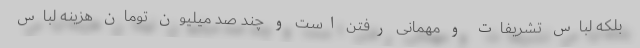
بلکه لباس تشریفات و مهمانی رفتن است و چند صد میلیون تومان هزینه لباس